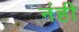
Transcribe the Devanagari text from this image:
नंही